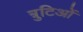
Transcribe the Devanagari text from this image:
त्रुटिओं